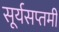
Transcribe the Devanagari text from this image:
सूर्यसप्तमी